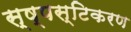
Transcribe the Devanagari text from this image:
स्ष्पस्टिकरण